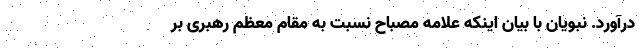
درآورد. نبویان با بیان اینکه علامه مصباح نسبت به مقام معظم رهبری بر